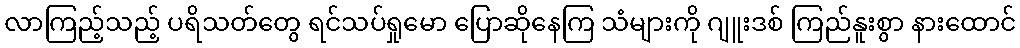
လာကြည့်သည့် ပရိသတ်တွေ ရင်သပ်ရှုမော ပြောဆိုနေကြ သံများကို ဂျူးဒစ် ကြည်နူးစွာ နားထောင်